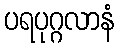
ပရပုဂ္ဂလာနံ